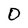
Character: 0